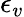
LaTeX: \epsilon_{v}